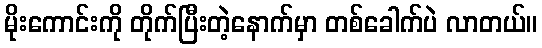
မိုးကောင်းကို တိုက်ပြီးတဲ့နောက်မှာ တစ်ခေါက်ပဲ လာတယ်။